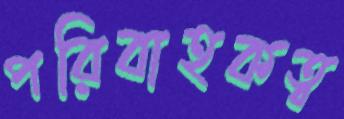
পরিবাহকত্ব